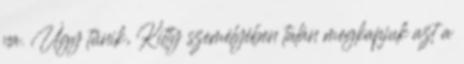
na. Úgy tűnik, Kitty személyében talán megkapjuk azt a